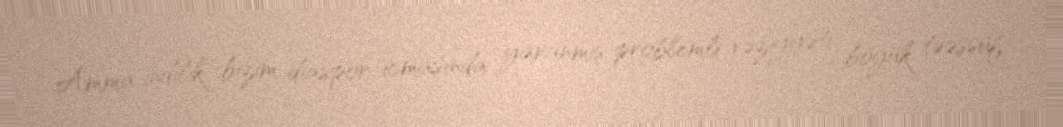
Amma indilik bizim diaspor icmasında yaranmış problemli vəziyyəti böyük təəssüf